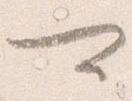
可